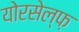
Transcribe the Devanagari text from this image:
योरसेल्फ़